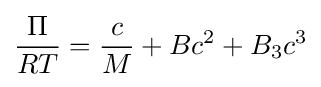
{\frac {\Pi }{RT}}={\frac {c}{M}}+Bc^{2}+B_{3}c^{3}